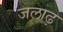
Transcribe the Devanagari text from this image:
जलाढ़